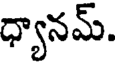
ధ్యానమ్.